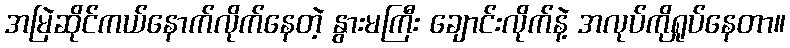
အမြဲဆိုင်ကယ်နောက်လိုက်နေတဲ့ နွားမကြီး ချောင်းလိုက်နဲ့ အလုပ်ကိုရှုပ်နေတာ။